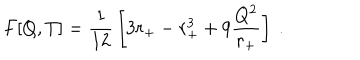
F [ Q , T ] = { \frac { 1 } { 1 2 } } \left[ 3 r _ { + } - r _ { + } ^ { 3 } + 9 { \frac { Q ^ { 2 } } { r _ { + } } } \right] \ .